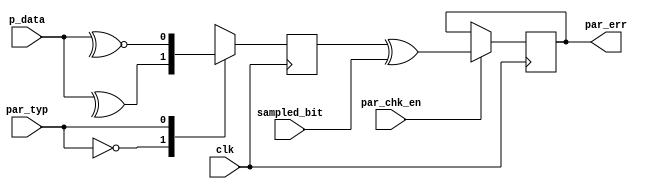
module parity_check(
input wire clk,
input wire[7:0]p_data,
input wire sampled_bit,
input wire par_chk_en,
input wire par_typ,
output reg par_err
);

reg parity ;
always@(posedge clk)
begin 
   case(par_typ)
      1'b0 : begin 
	         parity <= ^p_data  ;     // Even Parity
			 end
	  1'b1 	:  begin 
             parity <= ~^p_data ;     // Odd Parity	
               end			 
    endcase
end

always @ (posedge clk )
 begin
  if(par_chk_en)
   begin
    par_err <= parity ^	sampled_bit ;
   end	
 end
endmodule